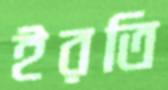
ইরতি